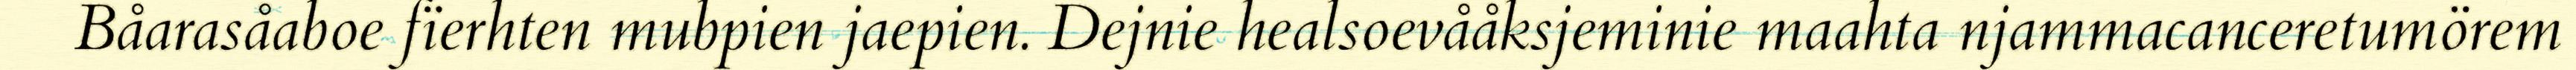
Båarasåaboe fïerhten mubpien jaepien. Dejnie healsoevååksjeminie maahta njammacanceretumörem